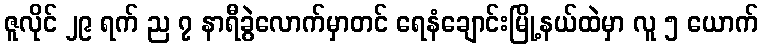
ဇူလိုင် ၂၉ ရက် ည ၇ နာရီခွဲလောက်မှာတင် ရေနံချောင်းမြို့နယ်ထဲမှာ လူ ၅ ယောက်